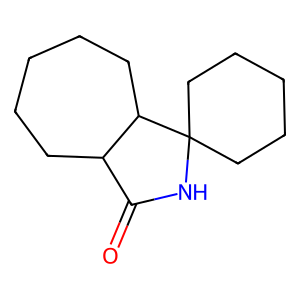
SMILES: O=C1NC2(CCCCC2)C2CCCCCC12
Inhibits HIV replication: No